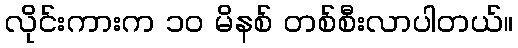
လိုင်းကားက ၁၀ မိနစ် တစ်စီးလာပါတယ်။